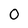
Character: 0